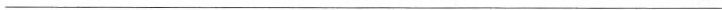
___